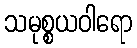
သမုစ္စယဝါရော